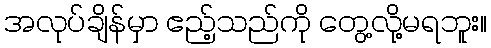
အလုပ်ချိန်မှာ ဧည့်သည်ကို တွေ့လို့မရဘူး။